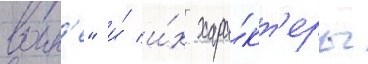
воин'е" и́ и́х хара́кт'еры